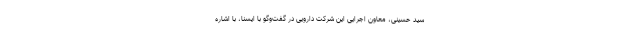
سید حسینی، معاون اجرایی این شرکت دارویی در گفت‌وگو با ایسنا، با اشاره